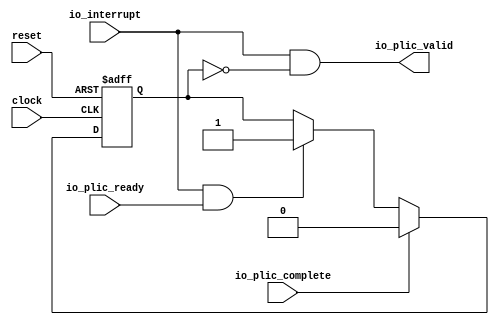
// This program was cloned from: https://github.com/huangxc6/Software_Hardware_Co-Design_24Spring
// License: MIT License

 /*                                                                      
 Copyright 2018-2020 Nuclei System Technology, Inc.                
                                                                         
 Licensed under the Apache License, Version 2.0 (the "License");         
 you may not use this file except in compliance with the License.        
 You may obtain a copy of the License at                                 
                                                                         
     http://www.apache.org/licenses/LICENSE-2.0                          
                                                                         
  Unless required by applicable law or agreed to in writing, software    
 distributed under the License is distributed on an "AS IS" BASIS,       
 WITHOUT WARRANTIES OR CONDITIONS OF ANY KIND, either express or implied.
 See the License for the specific language governing permissions and     
 limitations under the License.                                          
 */                                                                      
                                                                         
                                                                         
                                                                         
module sirv_LevelGateway(
  input   clock,
  input   reset,
  input   io_interrupt,
  output  io_plic_valid,
  input   io_plic_ready,
  input   io_plic_complete
);
  reg  inFlight;
  reg [31:0] GEN_2;
  wire  T_12;
  wire  GEN_0;
  wire  GEN_1;
  wire  T_16;
  wire  T_17;
  assign io_plic_valid = T_17;
  assign T_12 = io_interrupt & io_plic_ready;
  assign GEN_0 = T_12 ? 1'h1 : inFlight;
  assign GEN_1 = io_plic_complete ? 1'h0 : GEN_0;
  assign T_16 = inFlight == 1'h0;
  assign T_17 = io_interrupt & T_16;

  always @(posedge clock or posedge reset) begin
    if (reset) begin
      inFlight <= 1'h0;
    end else begin
      if (io_plic_complete) begin
        inFlight <= 1'h0;
      end else begin
        if (T_12) begin
          inFlight <= 1'h1;
        end
      end
    end
  end
endmodule